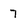
Character: 7